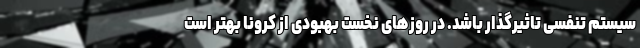
سیستم تنفسی تاثیرگذار باشد. در روز‌های نخست بهبودی از کرونا بهتر است